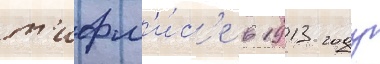
т'ифл'и́с'е в 1913 году